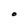
Character: O